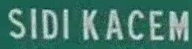
SIDI KACEM